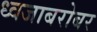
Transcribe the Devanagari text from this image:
ध्वजाबरोबर